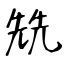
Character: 兟